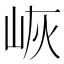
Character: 𱛠